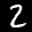
Label: 2